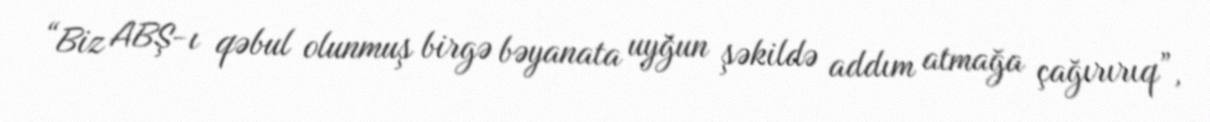
“Biz ABŞ-ı qəbul olunmuş birgə bəyanata uyğun şəkildə addım atmağa çağırırıq”,